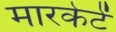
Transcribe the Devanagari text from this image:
मारकेटें